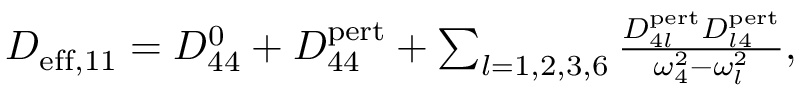
\begin{array} { r } { D _ { \mathrm { e f f } , 1 1 } = D _ { 4 4 } ^ { 0 } + D _ { 4 4 } ^ { \mathrm { p e r t } } + \sum _ { l = 1 , 2 , 3 , 6 } \frac { D _ { 4 l } ^ { \mathrm { p e r t } } D _ { l 4 } ^ { \mathrm { p e r t } } } { \omega _ { 4 } ^ { 2 } - \omega _ { l } ^ { 2 } } , } \end{array}